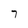
Character: 7